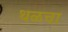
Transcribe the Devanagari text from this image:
थळचा